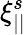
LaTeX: \xi_{||}^{s}